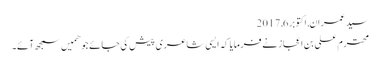
سید عمران, ‏اکتوبر 6, 2017
محترم علی بن اعجاز نے فرمایا کہ ایسی شاعری پیش کی جائے جو ھمیں سمجھ آئے۔